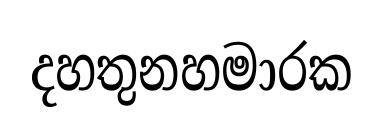
දහතුනහමාරක